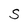
Character: S